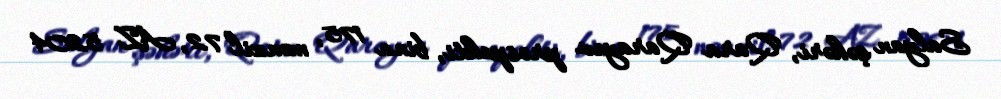
Salyan şəhəri, Qara Qarayev prospekti, bina 175, mənzil 72, AZ 5204